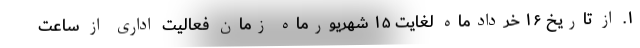
۱. از تاریخ ۱۶ خردادماه لغایت ۱۵ شهریورماه زمان فعالیت اداری از ساعت